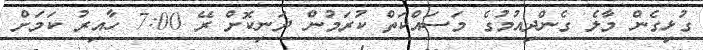
ގުޅިގެން މާލެ ގެންދިއުމުގެ މަސައްކަތް ކުރަމުން ދަނިކޮށް ރޭ 7:00 ހާއިރު ކަމަށް